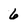
Character: 6